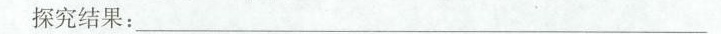
探究结果：___